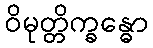
ဝိမုတ္တိက္ခန္ဓော